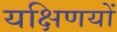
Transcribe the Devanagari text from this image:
यक्षिणयों